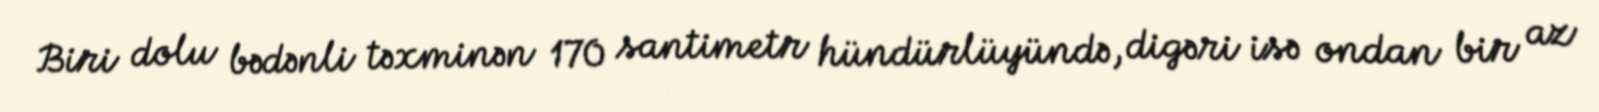
Biri dolu bədənli təxminən 170 santimetr hündürlüyündə, digəri isə ondan bir az